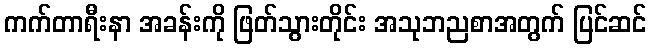
ကက်တာရီးနာ အခန်းကို ဖြတ်သွားတိုင်း အသုဘညစာအတွက် ပြင်ဆင်